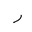
Letter: _ra